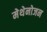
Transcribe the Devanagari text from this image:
मेथेनोजन